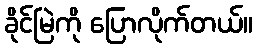
ခိုင်မြဲကို ပြောလိုက်တယ်။